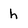
Character: h